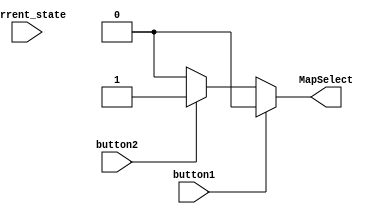
module animationData(
  input [5:0]current_state,
  input button1, button2,
  output reg MapSelect
  );

    
    //Mapselect
    always @(*) begin
      MapSelect = (button1) ? ((!button2)?1'b0 : 1'b0) : ((button2)? 1'b1: 1'b0); //if both pressed, map1, if none pressed map1
    end
endmodule